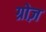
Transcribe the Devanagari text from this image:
ग्रोज़